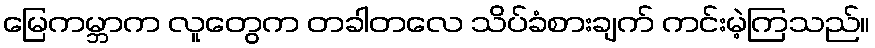
မြေကမ္ဘာက လူတွေက တခါတလေ သိပ်ခံစားချက် ကင်းမဲ့ကြသည်။